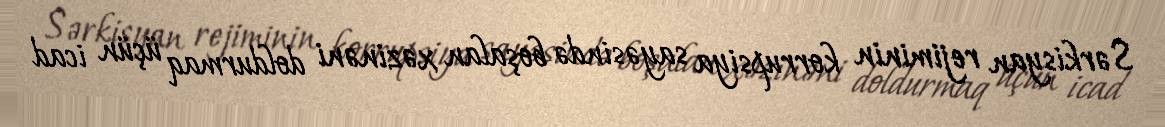
Sərkisyan rejiminin korrupsiya sayəsində boşalan xəzinəni doldurmaq üçün icad